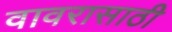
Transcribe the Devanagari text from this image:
वावरासाठी